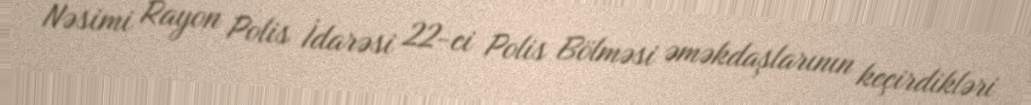
Nəsimi Rayon Polis İdarəsi 22-ci Polis Bölməsi əməkdaşlarının keçirdikləri